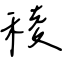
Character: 稜